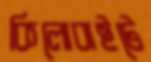
কিলোবাইটে